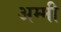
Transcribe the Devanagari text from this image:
अम्मी